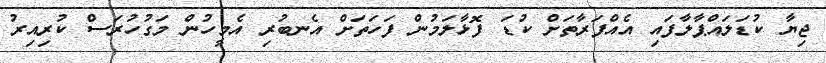
ޖިޔާ ކުޑަލައްޕާލާފައި އެއްފަރާތަށް ކުޑަ ފޮޅާލަމުން ފަހަތަށް އެނބުރި އެމީހުން މަގުހުރަސް ކުރިއިރު